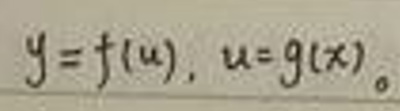
\[
y = f(u),\ u = g(x)。
\]